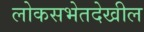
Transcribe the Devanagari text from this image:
लोकसभेतदेखील